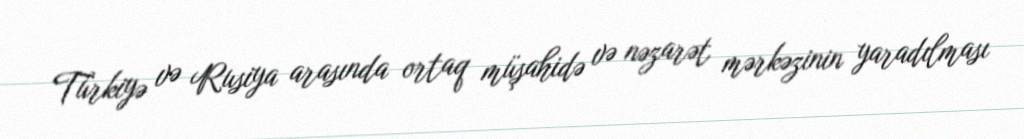
Türkiyə və Rusiya arasında ortaq müşahidə və nəzarət mərkəzinin yaradılması